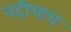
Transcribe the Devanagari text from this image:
नदीचाच